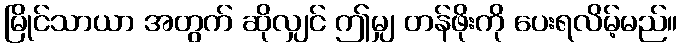
မြိုင်သာယာ အတွက် ဆိုလျှင် ဤမျှ တန်ဖိုးကို ပေးရလိမ့်မည်။